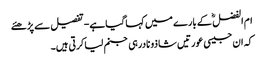
ام الفضل ؓ کے بارے میں کہا گیاہے- تفصیل سے پڑھئے
کہ ان جیسی عورتیں شاذو نادرہی جنم لیاکرتی ہیں۔